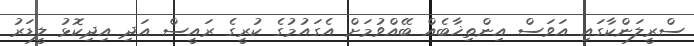
ސްރީލަންކާގައި އަވަސް އިންތިޚާބެއް ބޭއްވުމަށް އެގައުމުގެ ކުރީގެ ރައީސް އަދި އިދިކޮޅު ލީޑަރު